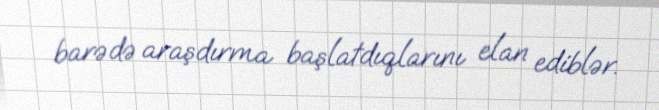
barədə araşdırma başlatdıqlarını elan ediblər.